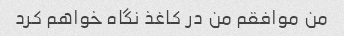
من موافقم من در کاغذ نگاه خواهم کرد